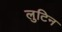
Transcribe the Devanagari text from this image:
लुटिन